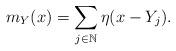
LaTeX: \begin{align*} m_{Y}(x) = \sum_{j \in \mathbb{N}} \eta(x - Y_{j}). \end{align*}